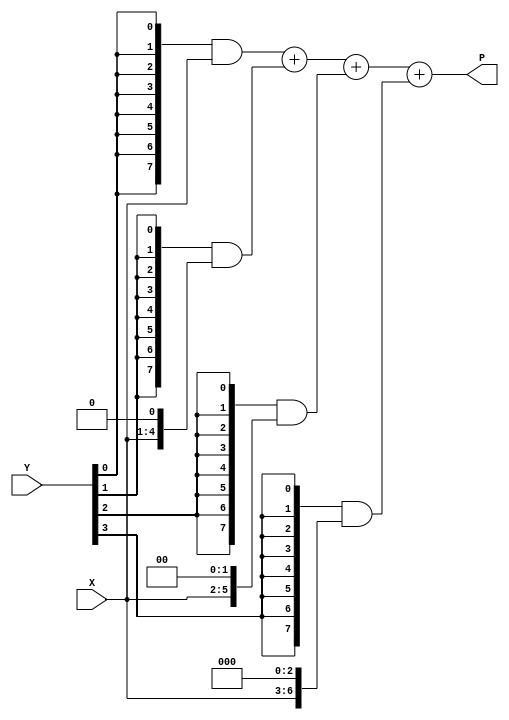
module mul4x4(X, Y, P);
  input wire [3:0] X, Y; // multiplicand, multiplier
  output wire [7:0] P; // product bits
  wire [7:0] PC[3:0]; // four 8-bit variables
  assign PC[0] = {8{Y[0]}} & {4'b0, X}; // 0000X3X2X1X0
  assign PC[1] = {8{Y[1]}} & {3'b0, X, 1'b0}; // 000X3X2X1X00
  assign PC[2] = {8{Y[2]}} & {2'b0, X, 2'b0}; // 00X3X2X1X000
  assign PC[3] = {8{Y[3]}} & {1'b0, X, 3'b0}; // 0X3X2X1X0000
  assign P = PC[0] + PC[1] + PC[2] + PC[3];
endmodule